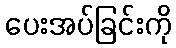
ပေးအပ်ခြင်းကို